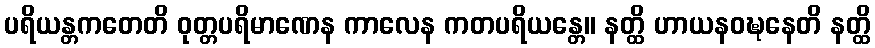
ပရိယန္တကတေတိ ဝုတ္တပရိမာဏေန ကာလေန ကတပရိယန္တေ။ နတ္ထိ ဟာယနဝဍ္ဎနေတိ နတ္ထိ